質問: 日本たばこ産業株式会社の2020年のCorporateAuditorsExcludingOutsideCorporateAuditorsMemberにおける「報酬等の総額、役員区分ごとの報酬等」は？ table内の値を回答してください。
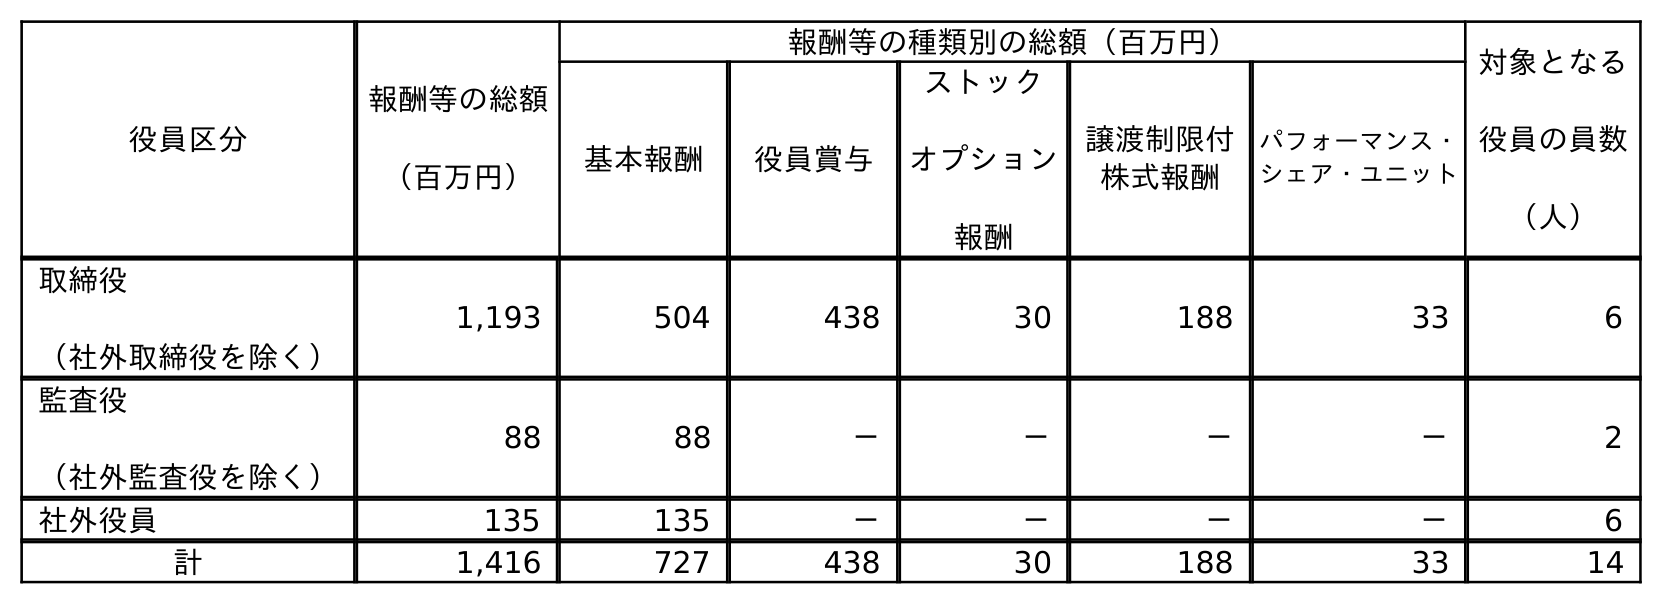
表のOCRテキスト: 役員区分 報酬等の総額 （百万円） 報酬等の種類別の総額（百万円） 対象となる 役員の員数 （人） 基本報酬 役員賞与 ストック オプション 報酬 譲渡制限付 株式報酬 パフォーマンス・ シェア・ユニット 取締役 （社外取締役を除く） 1,193 504 438 30 188 33 6 監査役 （社外監査役を除く） 88 88 － － － － 2 社外役員 135 135 － － － － 6 計 1,416 727 438 30 188 33 14
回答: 88